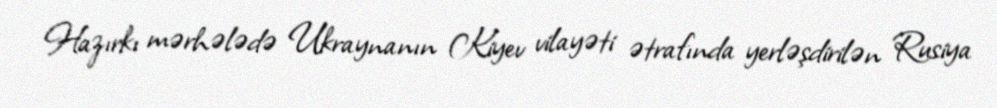
Hazırkı mərhələdə Ukraynanın Kiyev vilayəti ətrafında yerləşdirilən Rusiya